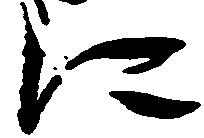
に